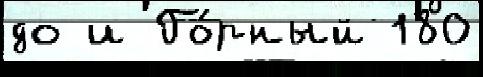
до и Го́рный 180